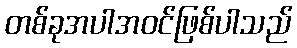
တစ်ခုအပါအဝင်ဖြစ်ပါသည်